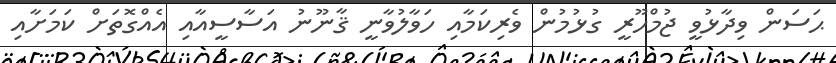
ޙަސަން ވިދާޅުވީ ޖުމްހޫރީ ގުޅުމުން ވެރިކަމާއި ހަވާލުވާނީ ޤާނޫނު އަސާސީއާއި އެއްގޮތަށް ކަމަށާއި